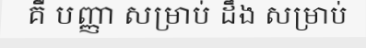
គឺ បញ្ញា សម្រាប់ ដឹង សម្រាប់